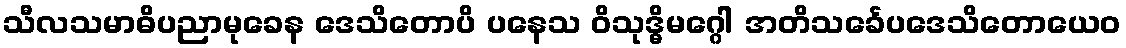
သီလသမာဓိပညာမုခေန ဒေသိတောပိ ပနေသ ဝိသုဒ္ဓိမဂ္ဂေါ အတိသင်္ခေပဒေသိတောယေဝ